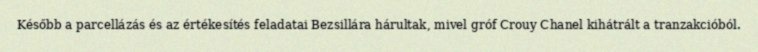
Később a parcellázás és az értékesítés feladatai Bezsillára hárultak, mivel gróf Crouy Chanel kihátrált a tranzakcióból.